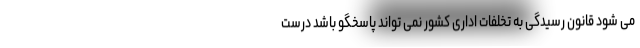
می شود قانون رسیدگی به تخلفات اداری کشور نمی تواند پاسخگو باشد درست